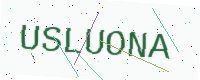
Text: USLUONA